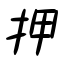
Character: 押